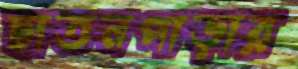
ছাতনপাড়ার